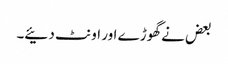
بعض نے گھوڑے اور اونٹ دئیے۔